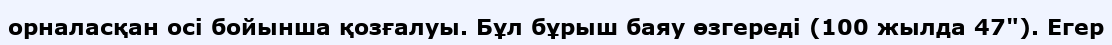
орналасқан осі бойынша қозғалуы. Бұл бұрыш баяу өзгереді (100 жылда 47"). Егер